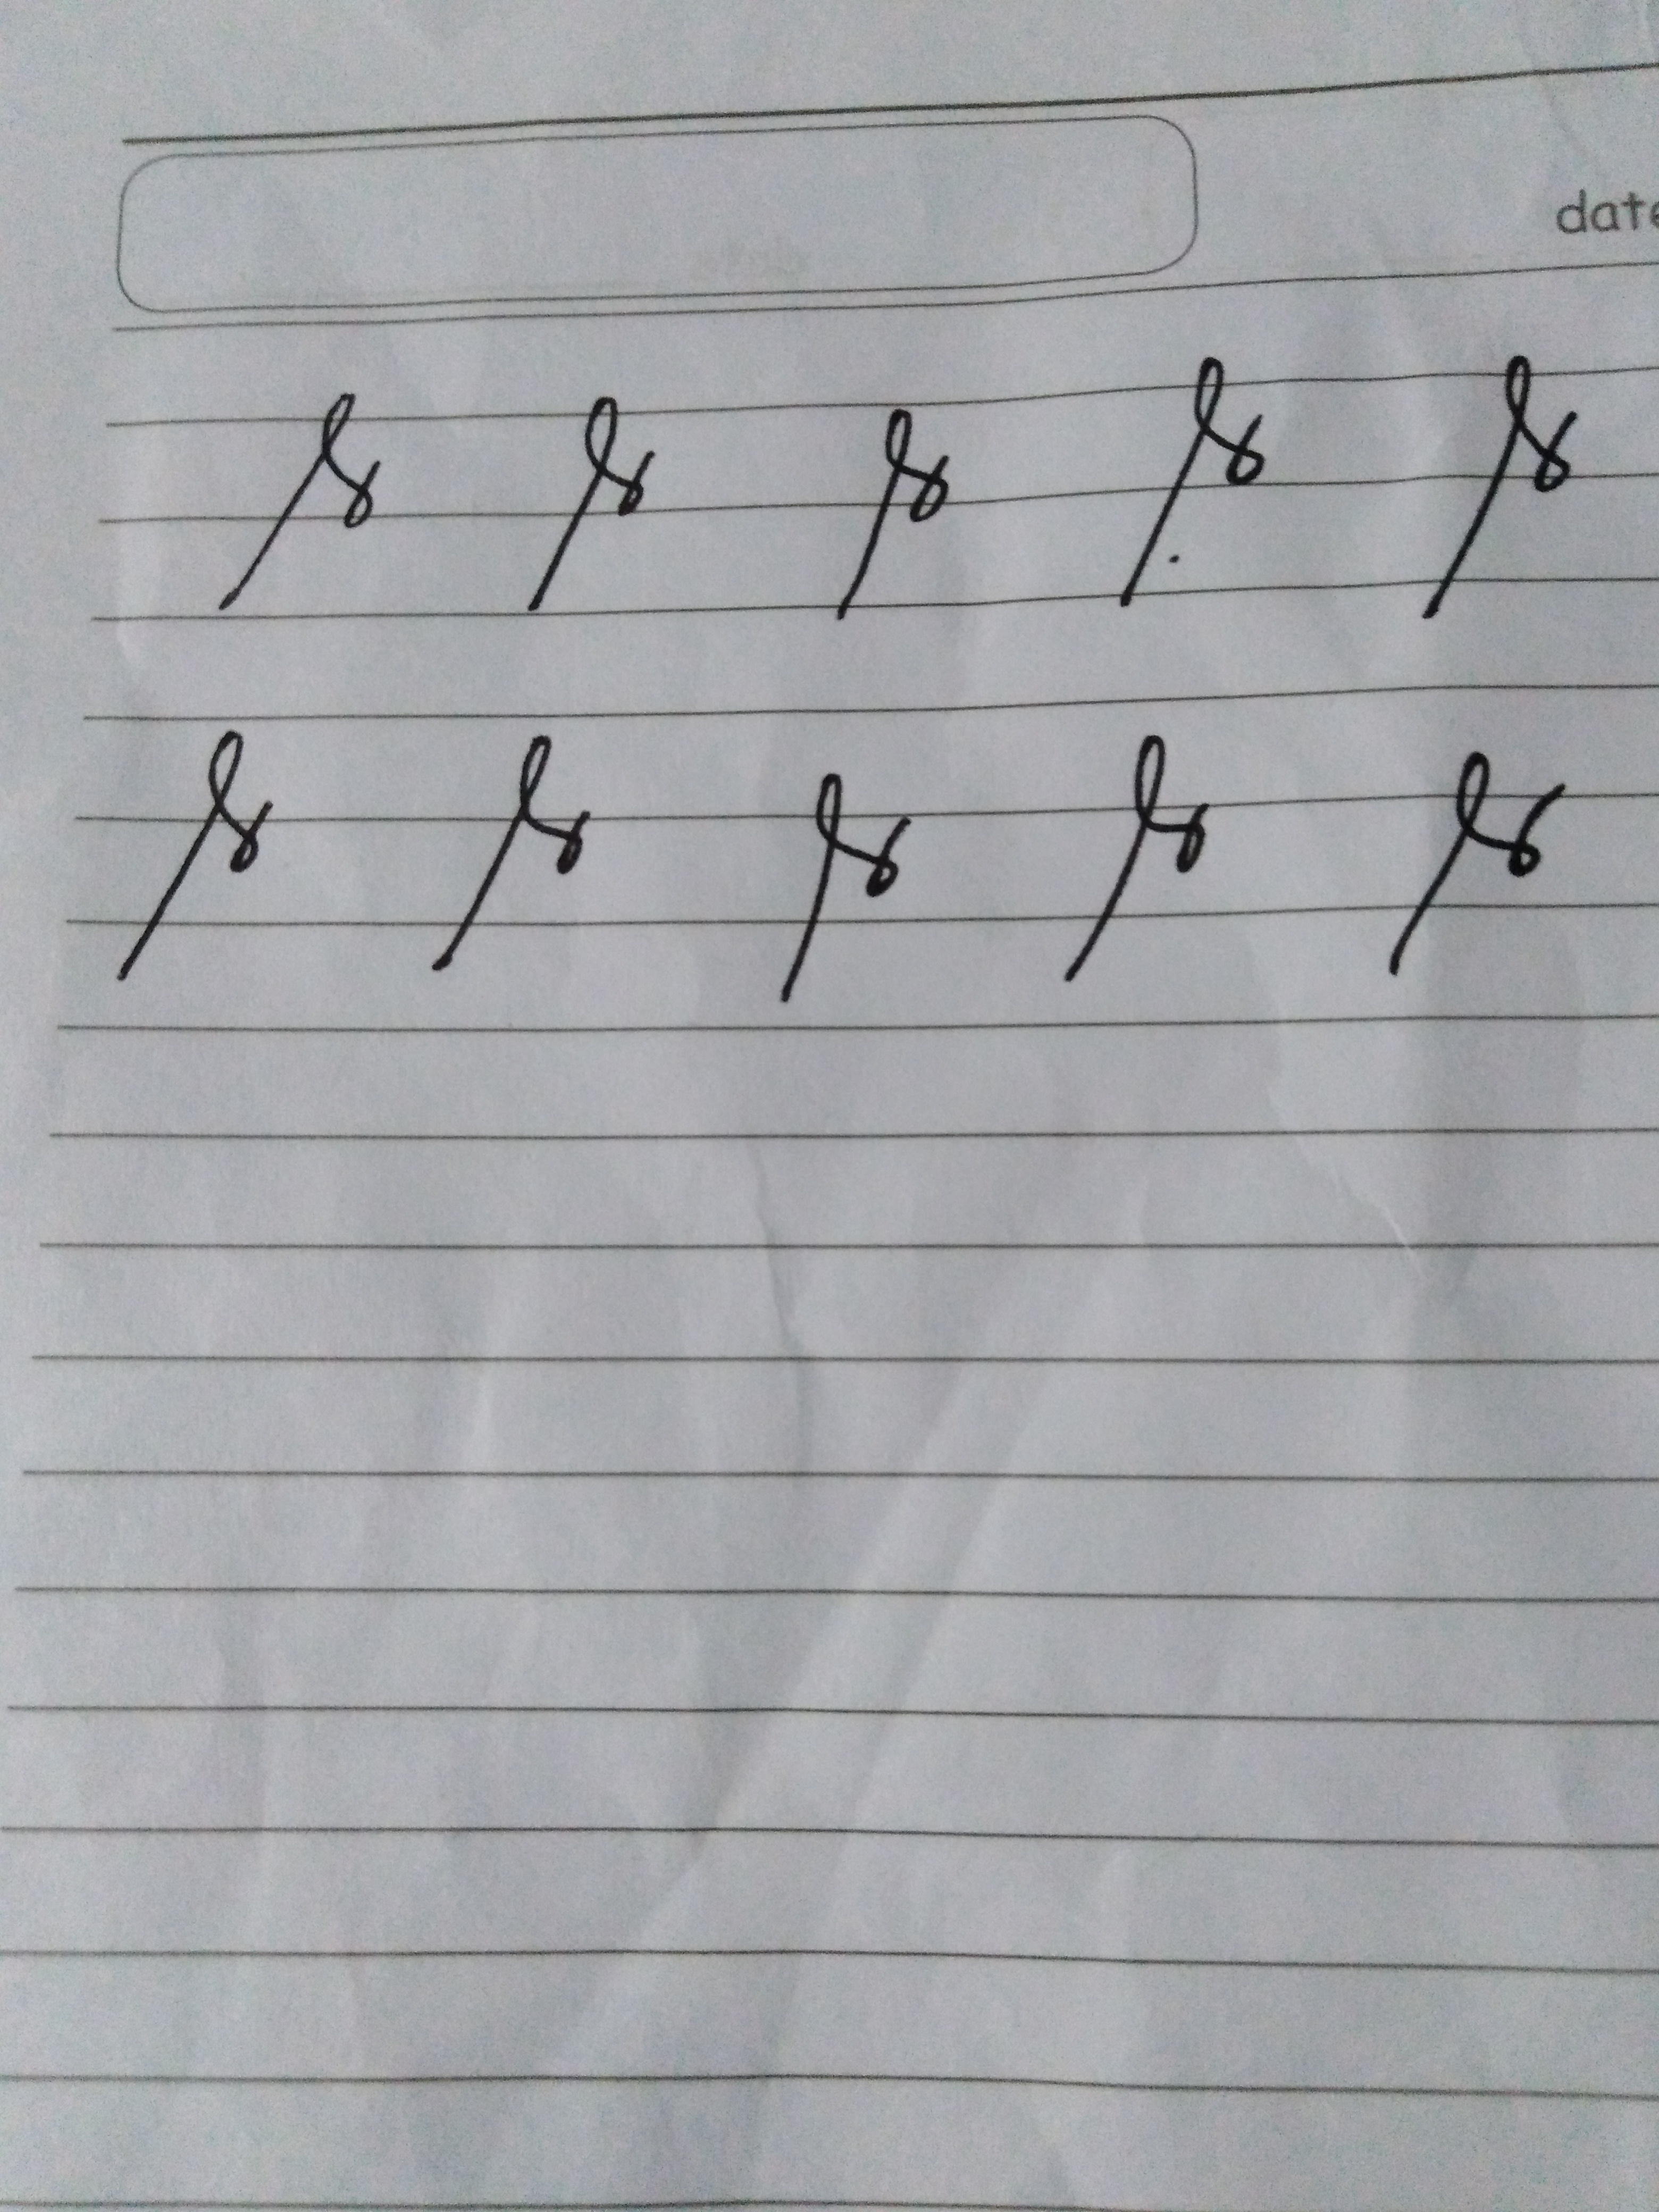
Signature authenticity: forged